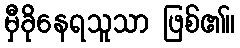
မှီခိုနေရသူသာ ဖြစ်၏။